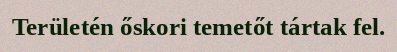
Területén őskori temetőt tártak fel.